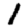
Digit: 1